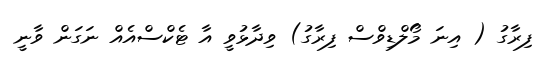
ފިރާގު ( އިނަ މޯލްޑިވްސް ފިރާގު) ވިދާޅުވީ އާ ޓެކްސްއެއް ނަގަން ވާނީ